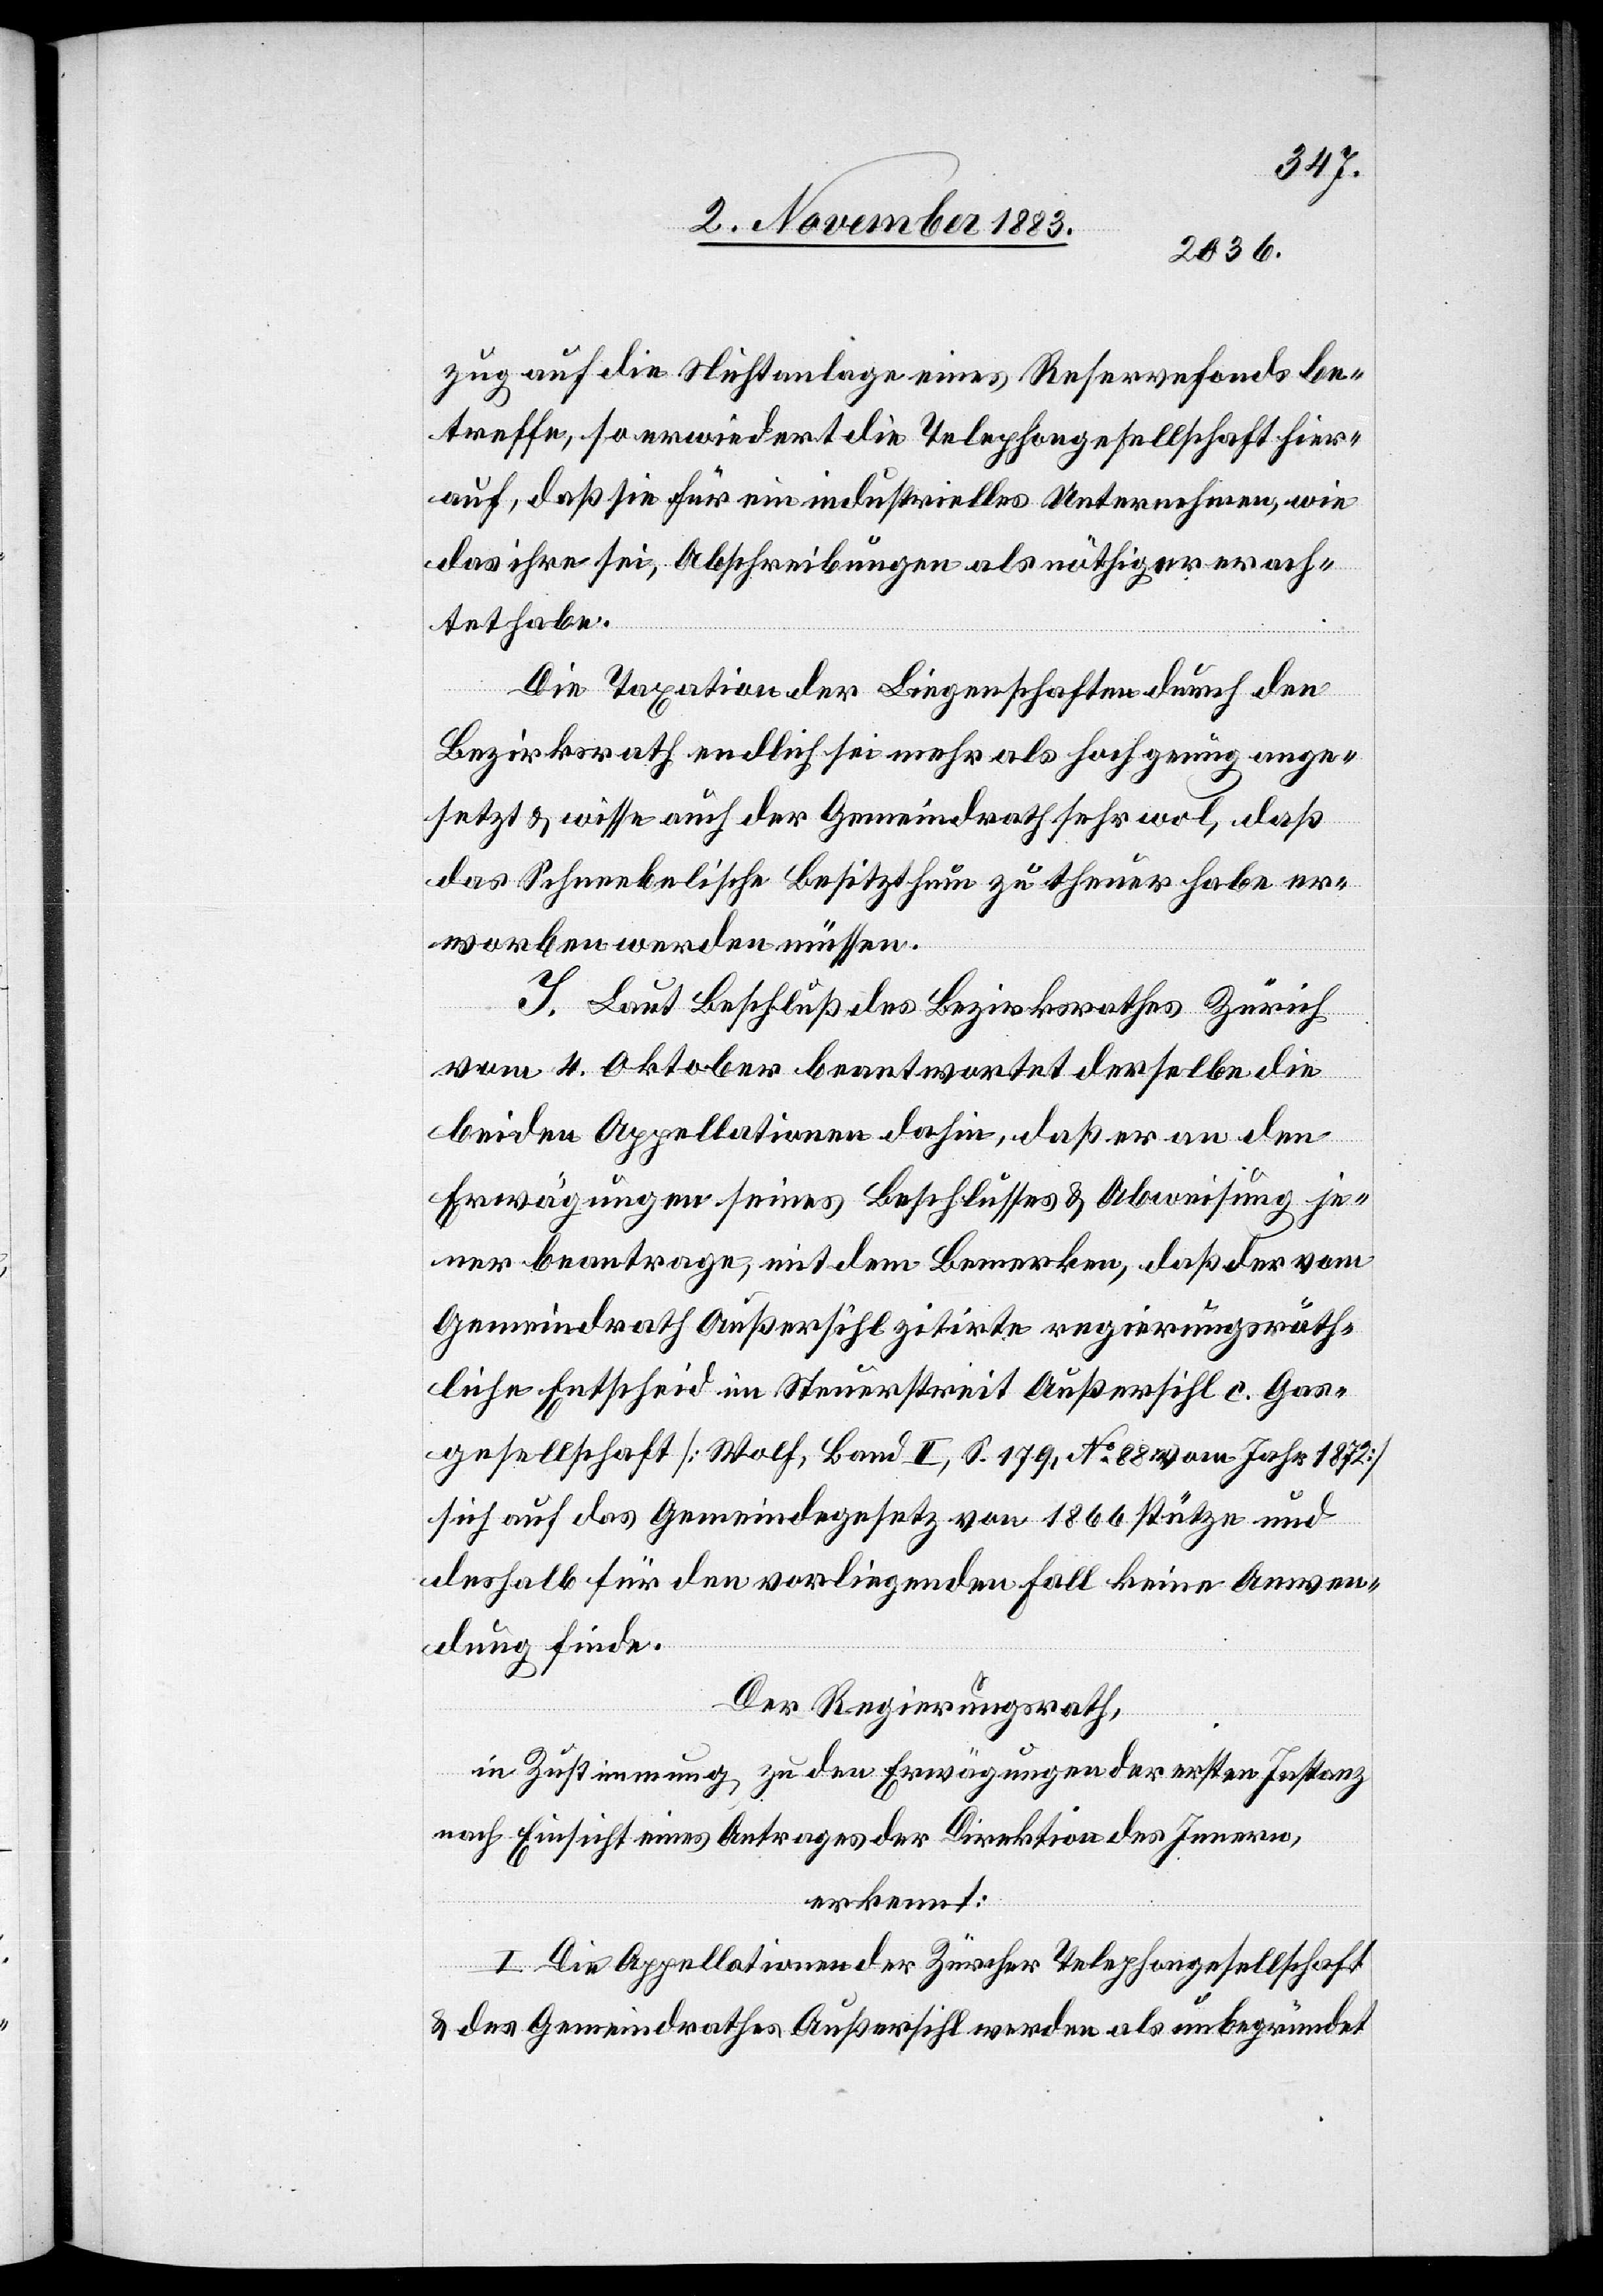
zug auf die Nichtanlage eines Reservefonds be¬
treffe, so erwiedert die Telephongesellschaft hier¬
auf, daß sie für ein industrielles Unternehmen, wie
das ihre sei, Abschreibungen als nöthiger erach¬
tet habe.
Die Taxation der Liegenschaften durch den
Bezirksrath endlich sei mehr als hoch genug ange¬
setzt & wisse auch der Gemeindrath sehr wol, daß
das Schneebelische Besitzthum zu theuer habe er¬
worben werden müssen.
I. Laut Beschluß des Bezirksrathes Zürich
vom 4. Oktober beantwortet derselbe die
beiden Appellationen dahin, daß er an den
Erwägungen seines Beschlusses & Abweisung je¬
ner beantrage, mit dem Bemerken, daß der vom
Gemeindrath Außersihl zitirte regierungsräth¬
liche Entscheid im Steuerstreit Außersihl c. Gas¬
gesellschaft [Wolf, Band II, S. 179, No 88 vom Jahr 1872]
sich auch das Gemeindegesetz von 1866 stütze und
deshalb für den vorliegenden Fall keine Anwen¬
dung finde.
Der Regierungsrath,
in Zustimmung, zu den Erwägungen der ersten Instanz
nach Einsicht eines Antrages der Direktion des Innern,
erkennt:
I. Die Appellationen der Zürcher Telephongesellschaft
& des Gemeindrathes Außersihl werden als unbegründet